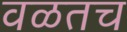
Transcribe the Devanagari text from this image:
वळतच